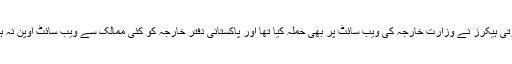
اس سے قبل 16 فروری کو بھارتی ہیکرز نے وزارت خارجہ کی ویب سائٹ پر بھی حملہ کیا تھا اور پاکستانی دفتر خارجہ کو کئی ممالک سے ویب سائٹ اوپن نہ ہونے کی شکایات موصول ہوئیں۔